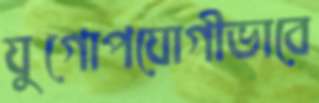
যুগোপযোগীভাবে